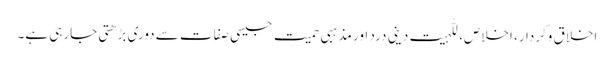
اخلاق وکردار، اخلاص، للہیت دینی درد اور مذہبی حمیت جیسی صفات سے دوری بڑھتی جارہی ہے۔